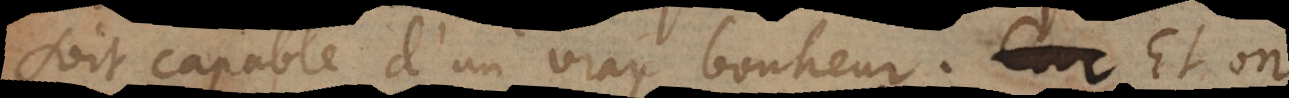
soit capable d’un vray bonheur. Et on